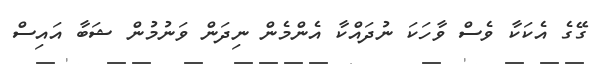
ގޭގެ އެކަކާ ވެސް ވާހަކަ ނުދައްކާ އެންމެން ނިދަން ވަނުމުން ޝަބާ އައިސް